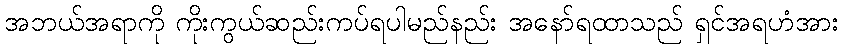
အဘယ်အရာကို ကိုးကွယ်ဆည်းကပ်ရပါမည်နည်း အနော်ရထာသည် ရှင်အရဟံအား